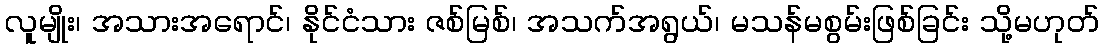
လူမျိုး၊ အသားအရောင်၊ နိုင်ငံသား ဇစ်မြစ်၊ အသက်အရွယ်၊ မသန်မစွမ်းဖြစ်ခြင်း သို့မဟုတ်